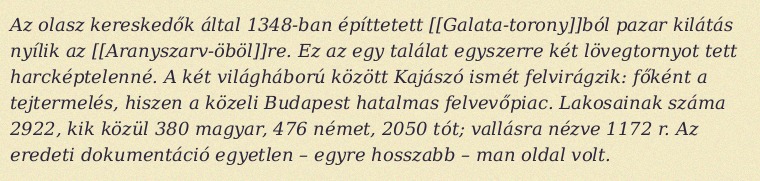
Az olasz kereskedők által 1348-ban építtetett [[Galata-torony]]ból pazar kilátás nyílik az [[Aranyszarv-öböl]]re. Ez az egy találat egyszerre két lövegtornyot tett harcképtelenné. A két világháború között Kajászó ismét felvirágzik: főként a tejtermelés, hiszen a közeli Budapest hatalmas felvevőpiac. Lakosainak száma 2922, kik közül 380 magyar, 476 német, 2050 tót; vallásra nézve 1172 r. Az eredeti dokumentáció egyetlen – egyre hosszabb – man oldal volt.